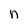
Character: n